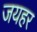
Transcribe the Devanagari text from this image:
जयहर